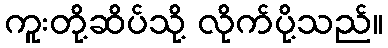
ကူးတို့ဆိပ်သို့ လိုက်ပို့သည်။